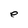
Character: e